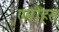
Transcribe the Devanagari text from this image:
एमीहस